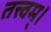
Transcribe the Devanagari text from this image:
तत्त्वम्।